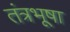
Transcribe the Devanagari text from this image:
तंत्रभूषा